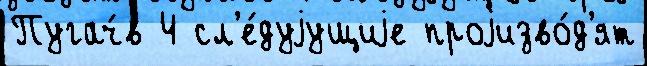
Пугач́в 4 сл'е́дуjущиjе проjизво́д'ят